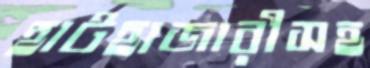
হাটহাজারীসহ